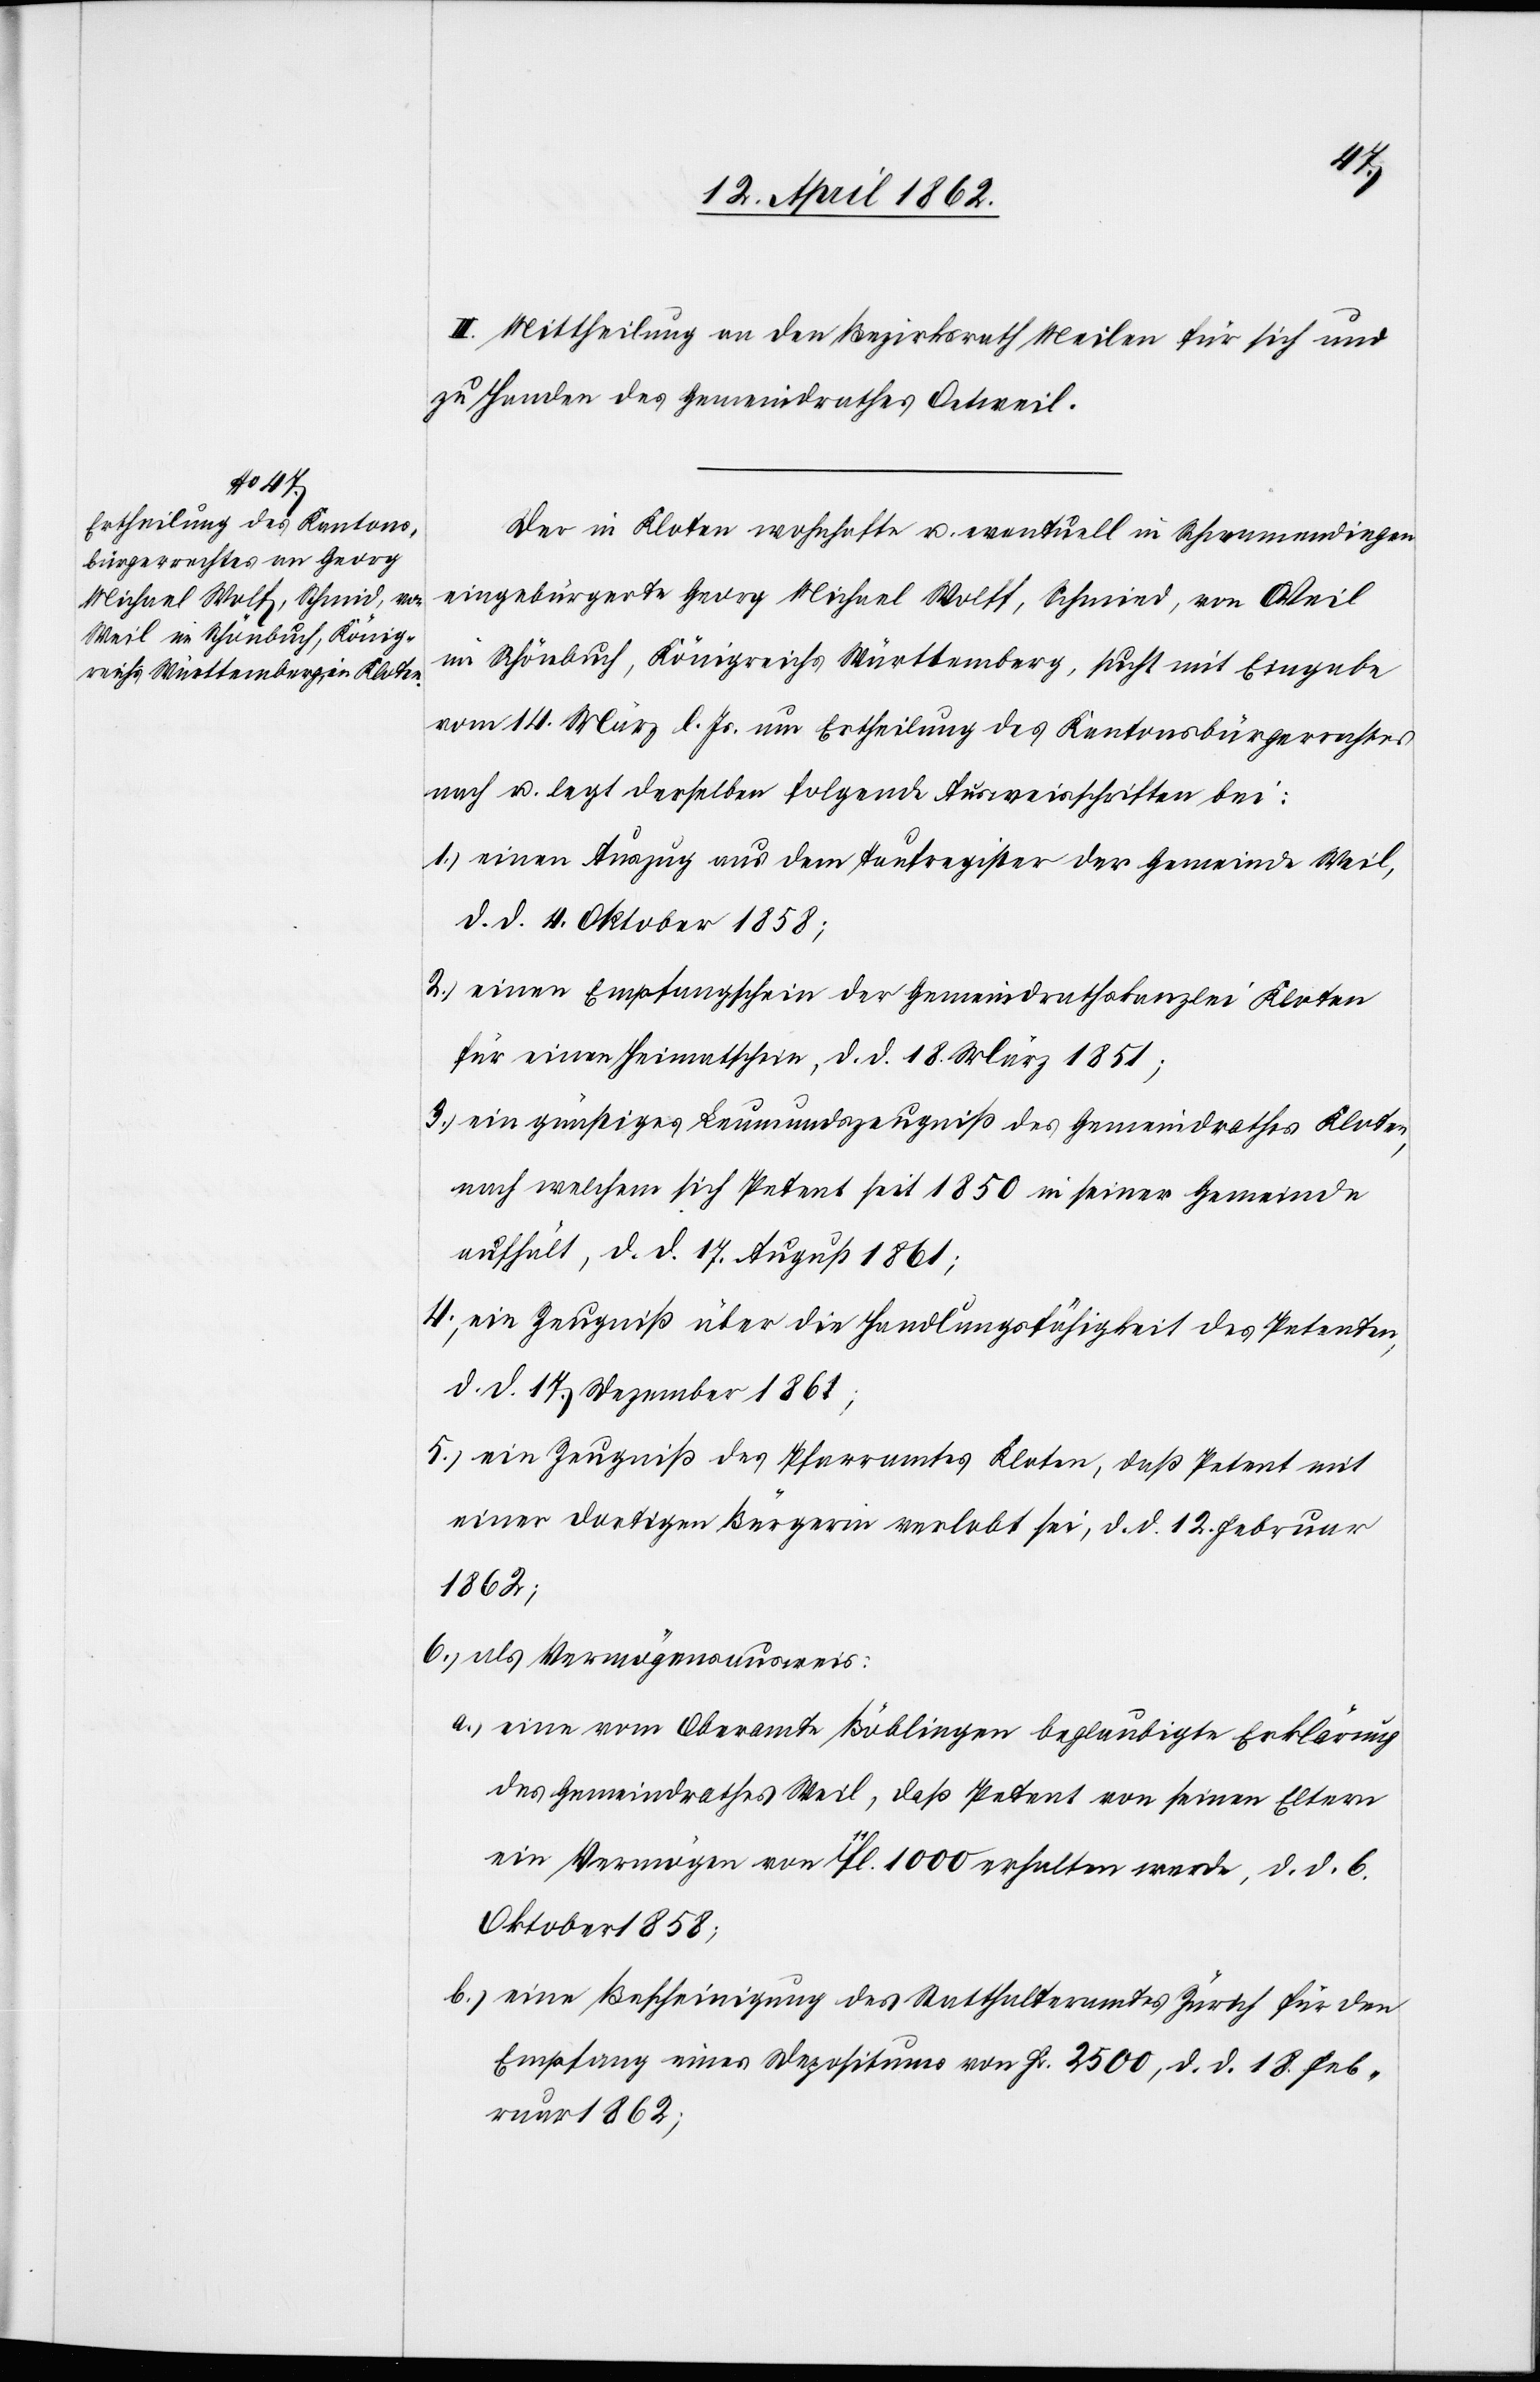
II. Mittheilung an den Bezirksrath Meilen für sich und
zu Handen des Gemeindrathes Oetweil.
Der in Kloten wohnhafte u. eventuell in Schwammendingen
eingebürgerte Georg Michael Wolff [sic!], Schmied, von Weil
im Schönbuch, Königreichs Württemberg, sucht mit Eingabe
vom 14. März l. Js. um Ertheilung des Kantonsbürgerrechtes
nach u. legt derselben folgende Ausweisschriften bei:
1) einen Auszug aus dem Zunftregister der Gemeinde Weil,
d. d. 4. Oktober 1858;
2) einen Empfangschein der Gemeindrathskanzlei Kloten
für einen Heimatschein d. d. 18. März 1851;
3) ein günstiges Leumundszeugniß des Gemeindrathes Kloten,
nach welchem sich Petent seit 1850 in seiner Gemeinde
aufhält, d. d. 17. August 1861;
4) ein Zeugniß über die Handlungsfähigkeit des Petenten,
d. d. 17. Dezember 1861;
5) ein Zeugniß des Pfarramtes Kloten, daß Petent mit
einer dortigen Bürgerin verlobt sei, d. d. 12. Februar
1862;
6) als Vermögensausweis;
a) eine vom Oberamte Böblingen beglaubigte Erklärung
des Gemeindrathes Weil, daß Petent von seinen Eltern
ein Vermögen von 11fl. 1000 erhalten werde, d. d. 6.
Oktober 1858;
b) eine Bescheinigung des Statthalteramtes Zürich für den
Empfang eines Depositums von Fr. 2500, d. d. 18. Feb¬
ruar 1862;